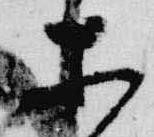
所